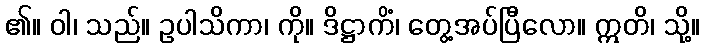
၏။ ဝါ၊ သည်။ ဥပါသိကာ၊ ကို။ ဒိဋ္ဌာကိံ၊ တွေ့အပ်ပြီလော။ ဣတိ၊ သို့။